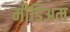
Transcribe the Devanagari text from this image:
मीडिअम